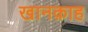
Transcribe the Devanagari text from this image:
खानक़ाह